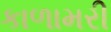
કાળામરી